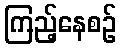
ကြည့်နေစဉ်